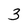
Character: 3